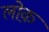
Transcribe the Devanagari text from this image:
लोक़